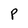
Character: P